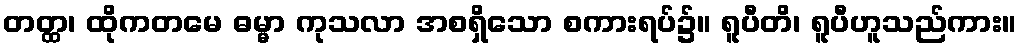
တတ္ထ၊ ထိုကတမေ ဓမ္မာ ကုသလာ အစရှိသော စကားရပ်၌။ ရူပီတိ၊ ရူပီဟူသည်ကား။